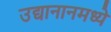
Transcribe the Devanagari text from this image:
उद्यानानमध्ये